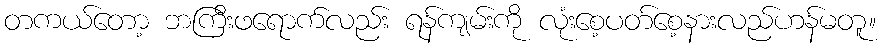
တကယ်တော့ ဘကြီးဖရောက်လည်း ရန်ကျမ်းကို လုံးစေ့ပတ်စေ့နားလည်ဟန်မတူ။